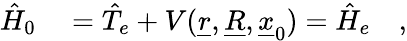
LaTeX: \begin{array}{rl}{\hat{H}_{0}}&{{}=\hat{T}_{e}+V(\underline{{r}},\underline{{R}},\underline{{x}}_{0})=\hat{H}_{e}\quad,}\end{array}